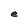
Character: e